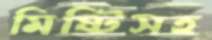
মিষ্টিসহ